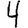
Digit: 4